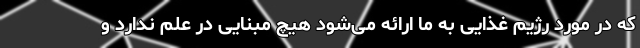
که در مورد رژیم غذایی به ما ارائه می‌شود هیچ مبنایی در علم ندارد و